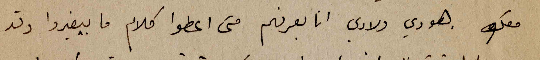
معك. هودي ولادي انا بعرفهم متى اعطوا كلام ما بيغيروا وقد